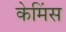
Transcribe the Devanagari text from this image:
केमिंस